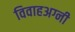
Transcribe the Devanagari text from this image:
विवाहअग्नी